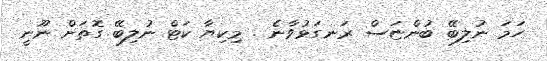
ހަމަ ނުލިބޭ ބުންޏަސް ރަނގަޅުވާނެ . މިކިޔާ ކަޓް ނުލިބޭ ގޮތަށް ނޫނީ